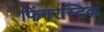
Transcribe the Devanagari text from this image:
फिंगरस्टिक